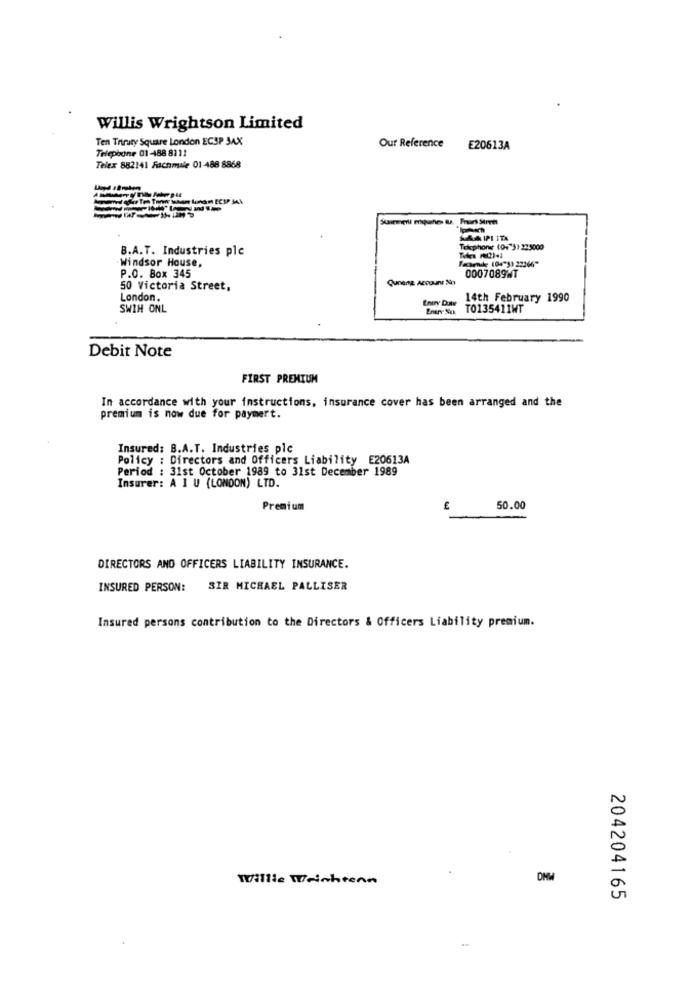
Willis Wrightson Limited
Ten Triruty Square London ECSP JAX
Telephone 01-88 8111
Our Reference E20613A
Telex 882141 Fachmale 01 488 8868
PAKT
SAA IPI ITA
B.A.T. Industries ple
Tekphone (04 3) 233000
.Windsor House,
Fæsende 104"3) 22266"
0007089HT
P.O. Box 345
Qunene Account Nin
50 Victoria Street,
London.
14th February 1990
SWIH ONL
Enery Sua
TO135411WT
Debit Note
FIRST PREMIUM
In accordance with your instructions, insurance cover has been arranged and the
premium is now due for paymert.
Insured: B.A.T. Industries plc
Policy : Directors and Officers Liability E20613A
Period : 31st October 1989 to 31st December 1989
Insurer: A I U (LONDON) LTD.
Premium
50.00
DIRECTORS AND OFFICERS LIABILITY INSURANCE.
INSURED PERSON: SIR MICHAEL PALLISER
Insured persons contribution to the Directors & Officers Liability premium.
Willie Wichtenn
204204165